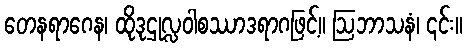
တေနရာဂေန၊ ထိုဒုဌုလ္လဝါစဿာဒရာဂဖြင့်။ ဩဘာသနံ၊ ၎င်း။